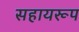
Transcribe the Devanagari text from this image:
सहायरूप